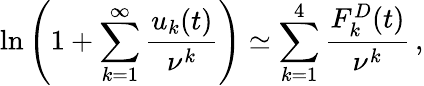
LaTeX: \ln\left(1+\sum_{k=1}^{\infty}\frac{u_{k}(t)}{\nu^{k}}\right)\simeq\sum_{k=1}^{4}\frac{F_{k}^{D}(t)}{\nu^{k}}\, {,}